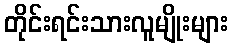
တိုင်းရင်းသားလူမျိုးများ